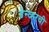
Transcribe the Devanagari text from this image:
डेन्व्हरची